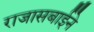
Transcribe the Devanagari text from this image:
राजासबाईने